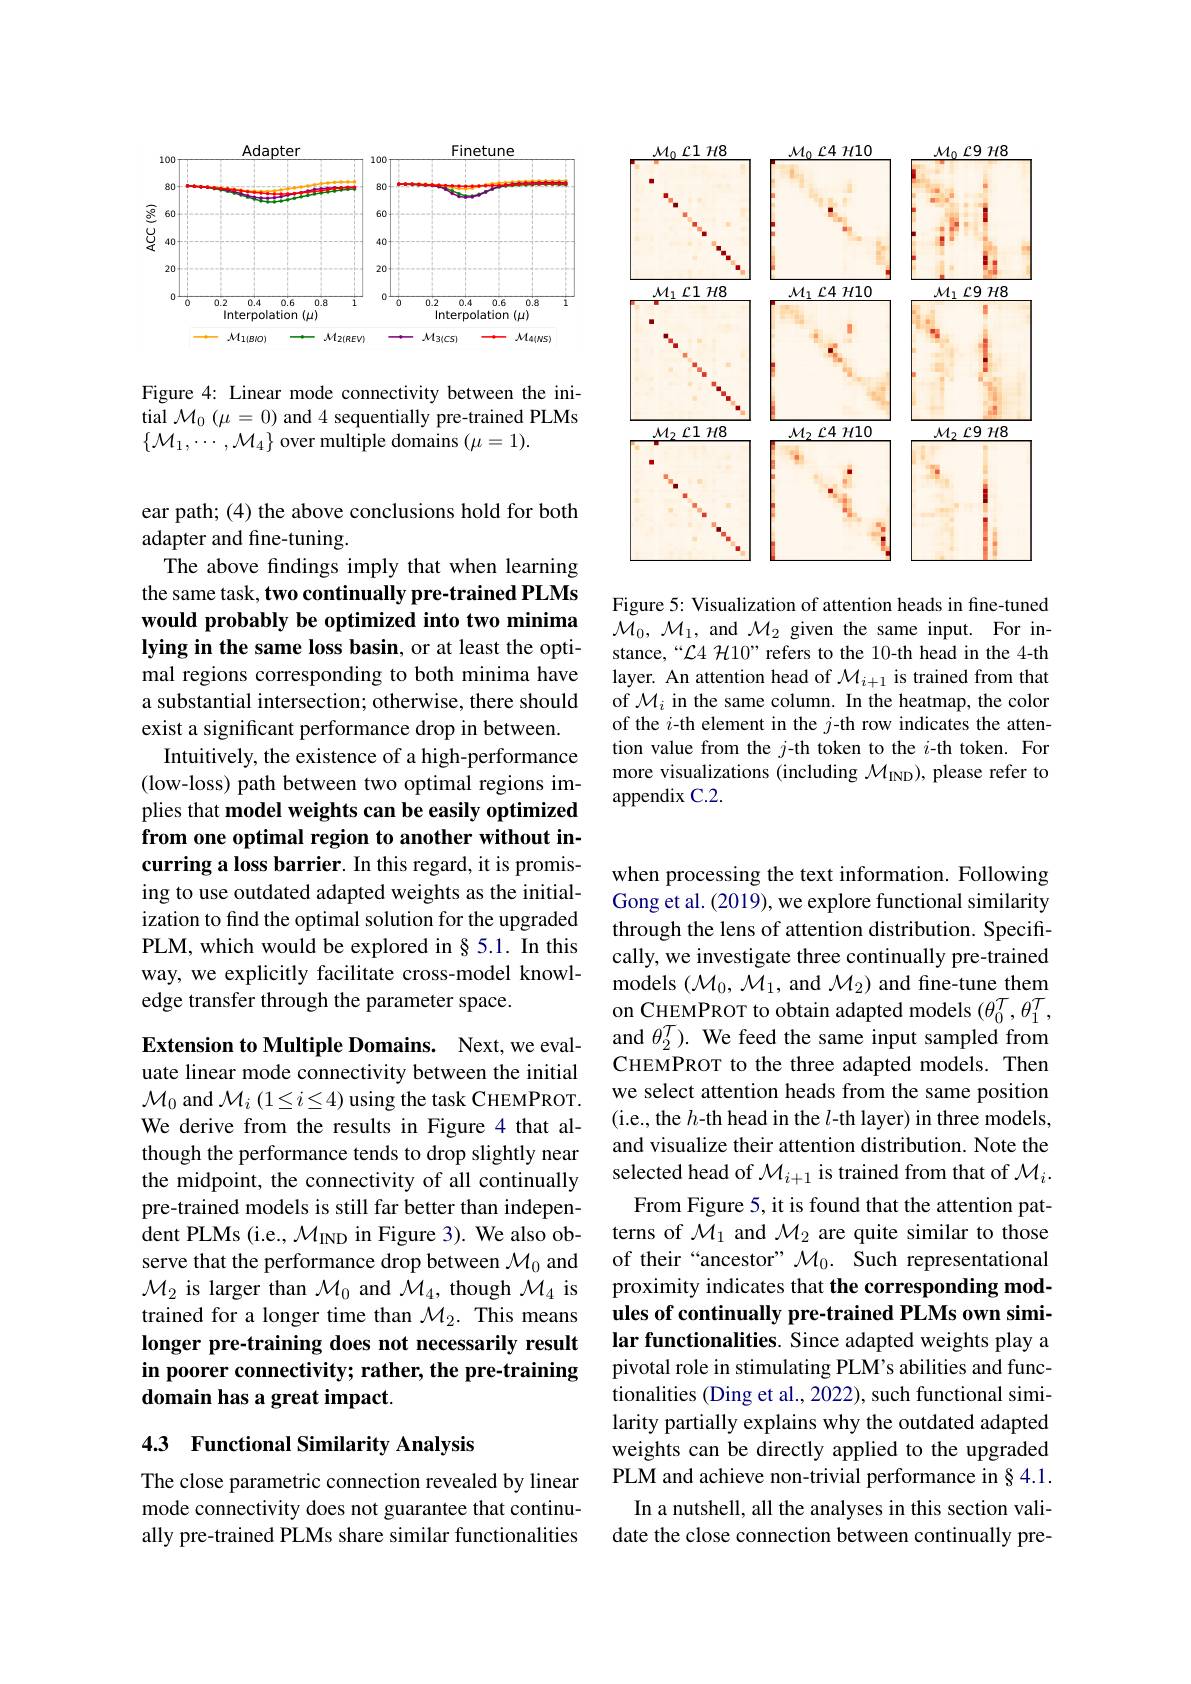
<FigureHere>

Figure 4: Linear mode connectivity between the initial $\mathcal{M}_0\left(\mu=0\right)$ and 4 sequentially pre-trained PLMs $\{\mathcal{M}_{1},\cdots,\mathcal{M}_{4}\}$ over multiple domains $(\mu=1).$

ear path; (4) the above conclusions hold for both
adapter and fine-tuning.

The above findings imply that when learning the same task, two continually pre-trained PLMs would probably be optimized into two minima lying in the same loss basin, or at least the optimal regions corresponding to both minima have a substantial intersection; otherwise, there should exist a significant performance drop in between. Intuitively, the existence of a high-performance
(low-loss) path between two optimal regions implies that model weights can be easily optimized from one optimal region to another without incurring a loss barrier. In this regard, it is promising to use outdated adapted weights as the initialization to find the optimal solution for the upgraded PLM, which would be explored in § 5.1. In this way, we explicitly facilitate cross-model knowledge transfer through the parameter space.

Extension to Multiple Domains. Next, we evaluate linear mode connectivity between the initial $\mathcal{M}_{0}$ and $\mathcal{M}_i(1\leq i\leq4)$ using the task CHEMPROT. We derive from the results in Figure 4 that although the performance tends to drop slightly near the midpoint, the connectivity of all continually pre-trained models is still far better than independent PLMs (i.e., $\mathcal{M}_\mathrm{IND}$ in Figure 3). We also observe that the performance drop between $\mathcal{M}_0$ and $\mathcal{M}_2$ is larger than $\mathcal{M}_0$ and $\mathcal{M}_4$, though $\mathcal{M}_4$ is trained for a longer time than $\mathcal{M}_2.$ This means longer pre-training does not necessarily result in poorer connectivity; rather, the pre-training domain has a great impact.

## 4.3 Functional Similarity Analysis

The close parametric connection revealed by linear mode connectivity does not guarantee that continually pre-trained PLMs share similar functionalities

<FigureHere>

Figure 5: Visualization of attention heads in fine-tuned $\mathcal{M}_0,\mathcal{M}_1$, and $\mathcal{M}_2$ given the same input. For instance,“ " $\mathcal{L}4$ H10” refers to the 10-th head in the 4-th layer. An attention head of $\mathcal{M}_{i+1}$ is trained from that of $\mathcal{M}_i$ in the same column. In the heatmap, the color of the $i$-th element in the $j$-th row indicates the attention value from the $j$-th token to the $i$-th token. For more visualizations (including $\mathcal{M}_\mathrm{IND})$, please refer to appendix C.2.

when processing the text information. Following Gong et al. (2019), we explore functional similarity through the lens of attention distribution. Specifically, we investigate three continually pre-trained models $(\mathcal{M}_0,\mathcal{M}_1$, and $\mathcal{M}_2)$ and fine-tune them on CHEMPROT to obtain adapted models $(\theta_0^{T},\theta_1^{T}$, and $\theta_{2}^{\mathcal{T}}).$ We feed the same input sampled from CHEMPROT to the three adapted models. Then we select attention heads from the same position (i.e., the $h$-th head in the $l$-th layer) in three models, and visualize their attention distribution. Note the selected head of $\mathcal{M}_i+1$ is trained from that of $\mathcal{M}_i.$ From Figure 5, it is found that the attention pat-
terns of $\mathcal{M}_1$ and $\mathcal{M}_2$ are quite similar to those of their“ancestor” $\mathcal{M}_0.$ Such representational proximity indicates that the corresponding modules of continually pre-trained PLMs own similar functionalities. Since adapted weights play a pivotal role in stimulating PLM's abilities and functionalities (Ding et al., 2022), such functional similarity partially explains why the outdated adapted weights can be directly applied to the upgraded PLM and achieve non-trivial performance in § 4.1.
In a nutshell, all the analyses in this section validate the close connection between continually pre-